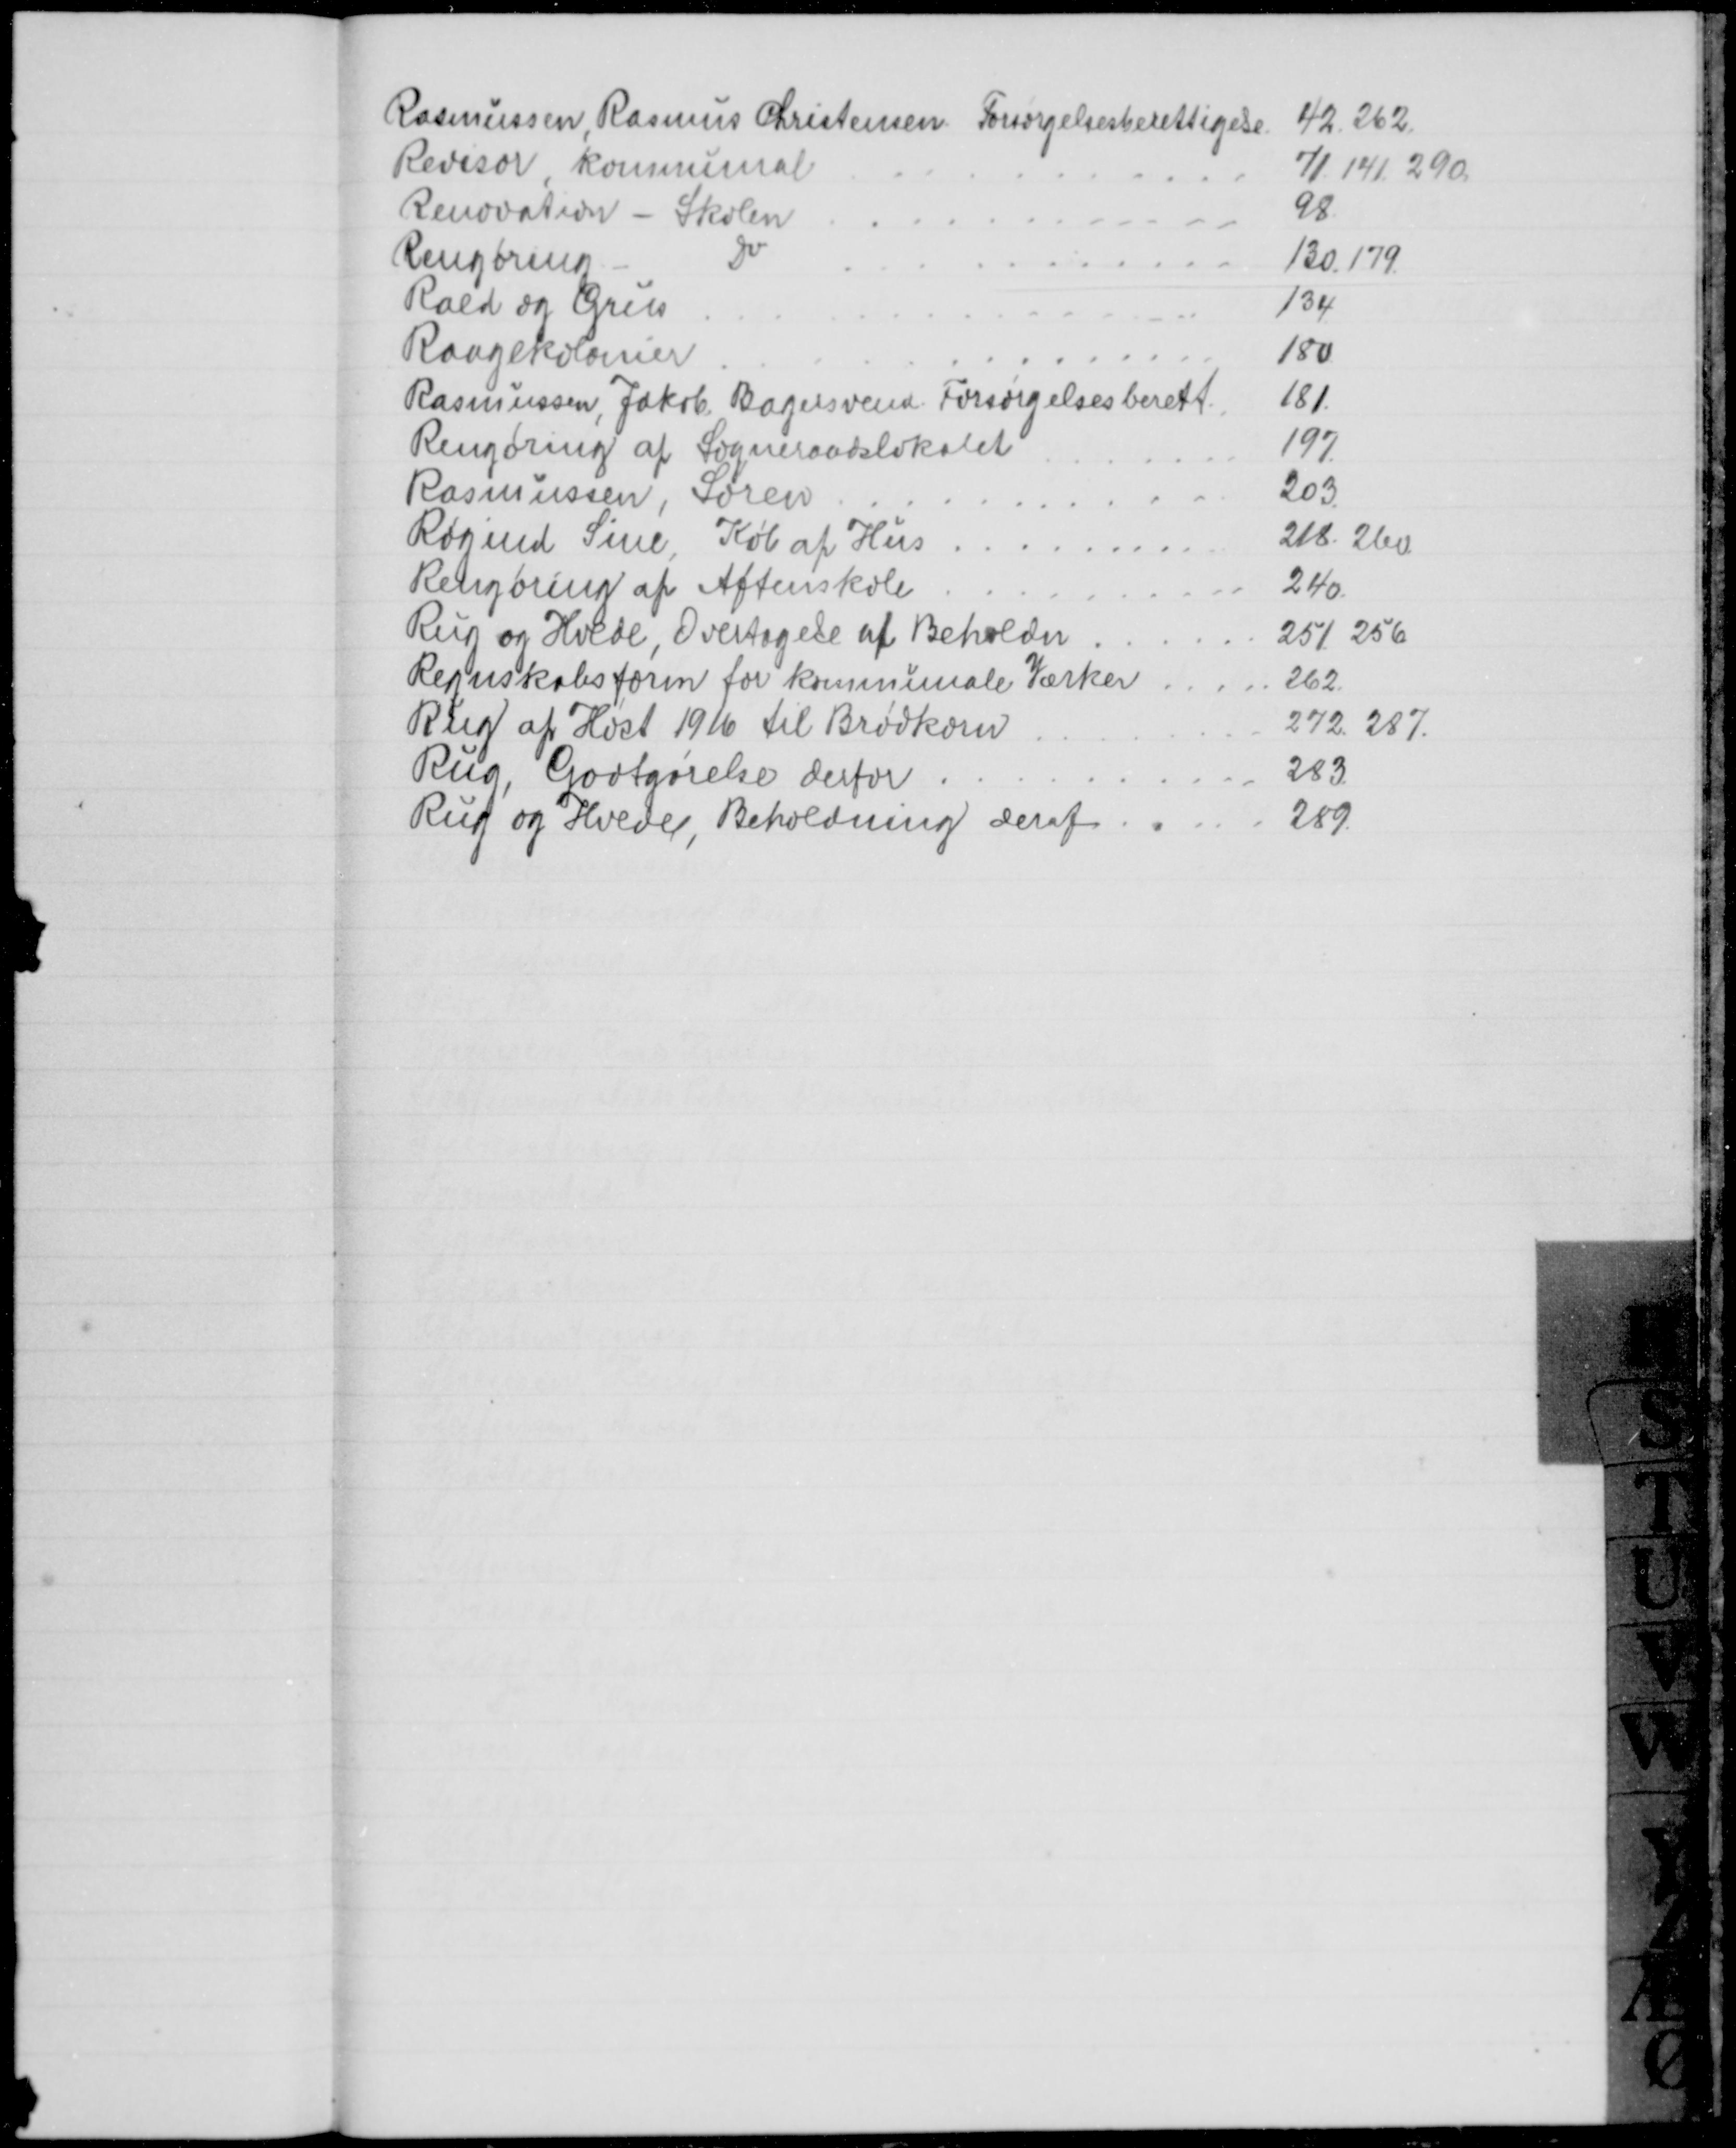
Transskription:
Rasmussen, Rasmus Christensen Forsørgelsesberettigelse
42.262.
Revisor, kommunal
71.141. 290.
Renovation - Skolen
98
Rengøring
Do
130.179
Rald og Grus
134
Raagekolonier
180
Rasmussen, Jakob Bagersvend. Forsørgelsesberett.
181
Rengøring af Sogneraadslokalet
197
Rasmussen, Søren
203
Røgind Sine, Køb af Hus
218. 260
Rengøring af Aftenskole
240
Rug og Hvede, Overtagelse af Beholdn
251, 256
Regnskabsform for kommunale Værker
262
Rug af Høst 1916 til Brødkorn
272. 287.
Rug, Godtgørelse derfor
283
Rud og Hvede, Beholdning deraf
289.